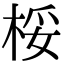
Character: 桵